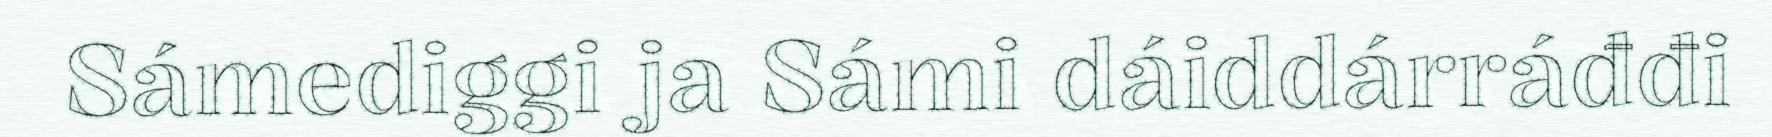
Sámediggi ja Sámi dáiddárráđđi